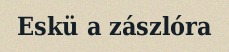
Eskü a zászlóra